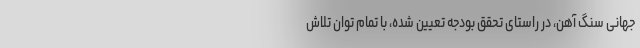
جهانی سنگ آهن، در راستای تحقق بودجه تعیین شده، با تمام توان تلاش